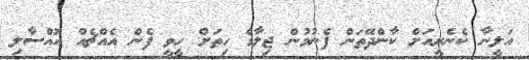
އަލީނާ ކެނެރީއަށް ކާންދޭތަން ފެނުމުން ޖިލާގެ ހިތަށް ހީވީ ފެން އެއްޗެއް އޮއްސާލި